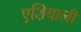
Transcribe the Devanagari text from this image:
एशियाली